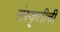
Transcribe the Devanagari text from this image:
संस्कॄतीची